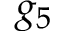
g _ { 5 }